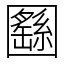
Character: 㘥